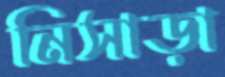
নিসাড়া